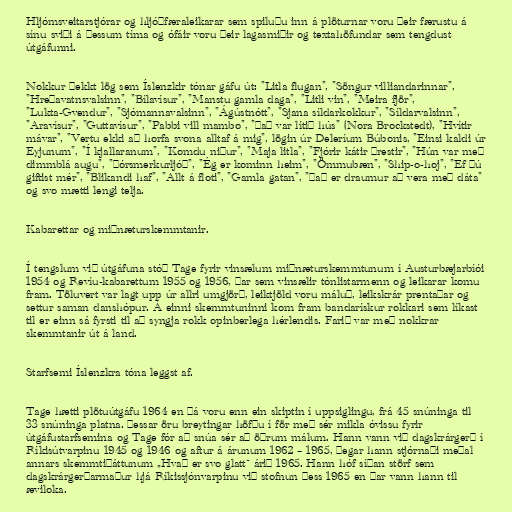
Hljómsveitarstjórar og hljóðfæraleikarar sem spiluðu inn á plöturnar voru þeir færustu á
sínu sviði á þessum tíma og ófáir voru þeir lagasmiðir og textahöfundar sem tengdust
útgáfunni.

Nokkur þekkt lög sem Íslenzkir tónar gáfu út: "Litla flugan", "Söngur villiandarinnar",
"Hreðavatnsvalsinn", "Bílavísur", "Manstu gamla daga", "Litli vin", "Meira fjör",
"Lukta-Gvendur", "Sjómannavalsinn", "Ágústnótt", "Sjana síldarkokkur", "Síldarvalsinn",
"Aravísur", "Guttavísur", "Pabbi vill mambo", "Það var lítið hús" (Nora Brockstedt), "Hvítir
mávar", "Vertu ekki að horfa svona alltaf á mig", lögin úr Deleríum Búbonis, "Einsi kaldi úr
Eyjunum", "Í kjallaranum", "Komdu niður", "Maja litla", "Fjórir kátir þrestir", "Hún var með
dimmblá augu", "Þórsmerkurljóð", "Ég er kominn heim", "Ömmubæn", "Ship-o-hoj", "Ef þú
giftist mér", "Blikandi haf", "Allt á floti", "Gamla gatan", "Það er draumur að vera með dáta"
og svo mætti lengi telja.

Kabarettar og miðnæturskemmtanir.

Í tengslum við útgáfuna stóð Tage fyrir vinsælum miðnæturskemmtunum í Austurbæjarbíói
1954 og Revíu-kabarettum 1955 og 1956, þar sem vinsælir tónlistarmenn og leikarar komu
fram. Töluvert var lagt upp úr allri umgjörð, leiktjöld voru máluð, leikskrár prentaðar og
settur saman danshópur. Á einni skemmtuninni kom fram bandarískur rokkari sem líkast
til er einn sá fyrsti til að syngja rokk opinberlega hérlendis. Farið var með nokkrar
skemmtanir út á land.

Starfsemi Íslenzkra tóna leggst af.

Tage hætti plötuútgáfu 1964 en þá voru enn ein skiptin í uppsiglingu, frá 45 snúninga til
33 snúninga platna. Þessar öru breytingar höfðu í för með sér mikla óvissu fyrir
útgáfustarfsemina og Tage fór að snúa sér að öðrum málum. Hann vann við dagskrárgerð í
Ríkisútvarpinu 1945 og 1946 og aftur á árunum 1962 – 1965, þegar hann stjórnaði meðal
annars skemmtiþáttunum „Hvað er svo glatt“ árið 1965. Hann hóf síðan störf sem
dagskrárgerðarmaður hjá Ríkissjónvarpinu við stofnun þess 1965 en þar vann hann til
æviloka.